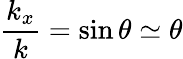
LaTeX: {\frac{k_{x}}{k}}=\sin\theta\simeq\theta